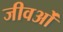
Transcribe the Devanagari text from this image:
जीवओं